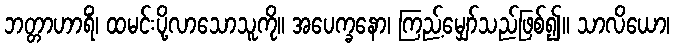
ဘတ္တာဟာရိံ၊ ထမင်းပို့လာသောသူကို။ အပေက္ခနော၊ ကြည့်မျှော်သည်ဖြစ်၍။ သာလိယော၊